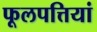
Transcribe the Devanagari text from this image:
फूलपत्तियां